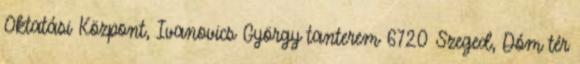
Oktatási Központ, Ivanovics György tanterem 6720 Szeged, Dóm tér